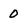
Character: 0